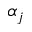
\alpha _ { j }